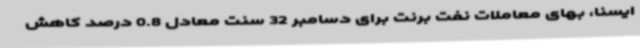
ایسنا، بهای معاملات نفت برنت برای دسامبر 32 سنت معادل 0.8 درصد کاهش